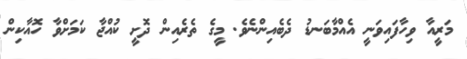
މަރީއާ ވިހާފައިވަނީ އެއްމާބަނޑު ދެބެއިންނެވެ. މީގެ ތެރެއިން ދޮށީ ކުއްޖާ ކަމަށްވާ ހޮއާކިން